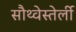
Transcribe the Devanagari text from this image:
सौथ्वेस्तेर्ली